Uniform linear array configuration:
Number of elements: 64
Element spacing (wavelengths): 0.25
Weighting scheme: blackman
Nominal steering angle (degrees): -15
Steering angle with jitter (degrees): -15.102
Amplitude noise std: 0.05
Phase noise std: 0.05

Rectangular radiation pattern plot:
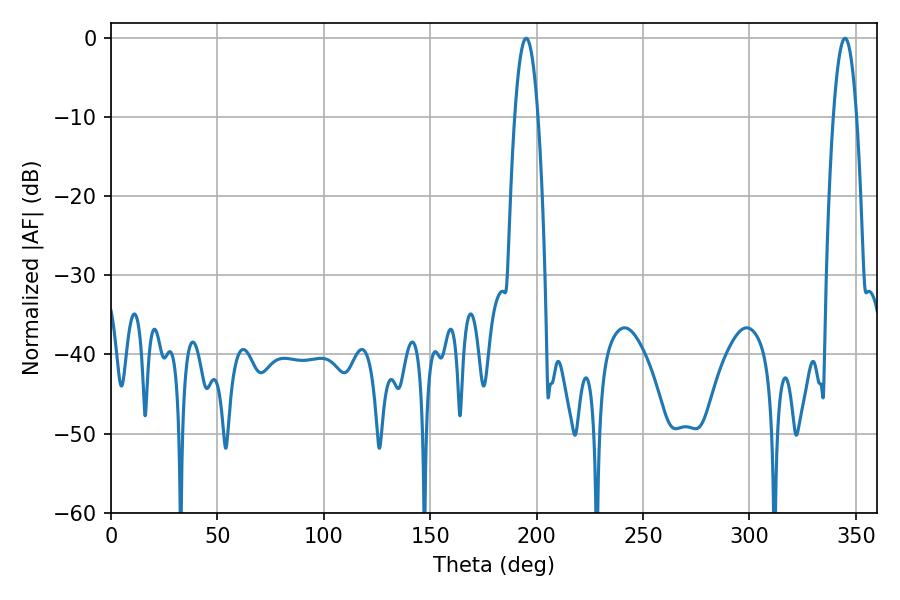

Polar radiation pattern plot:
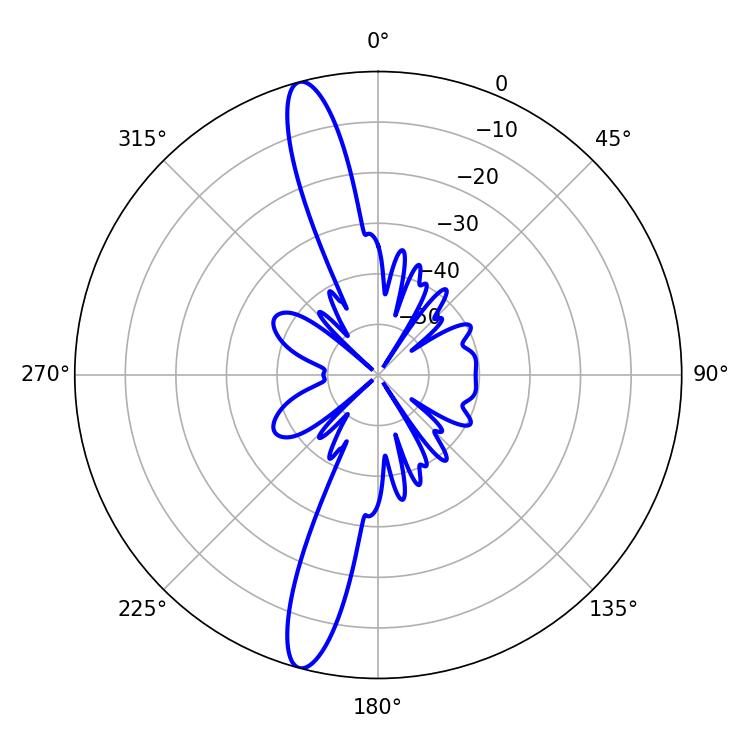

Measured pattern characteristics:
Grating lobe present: FALSE
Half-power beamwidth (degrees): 6.12
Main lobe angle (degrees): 195.12